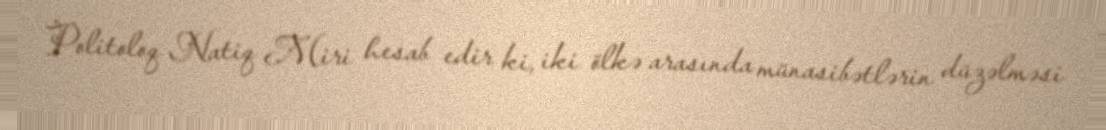
Politoloq Natiq Miri hesab edir ki, iki ölkə arasında münasibətlərin düzəlməsi